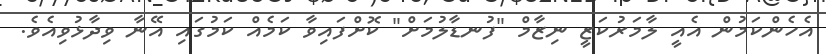
އެހެންކަމުން އެއީ ލާމަރުކަޒީ ނިޒާމް "ފުނޑާލުމަށް" ކޮށްފައިވާ ކަމެއް ކަމުގައި އޭނާ ވިދާޅުވިއެވެ.